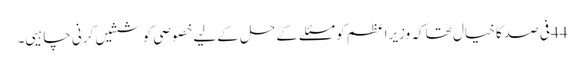
44فی صد کا خیال تھا کہ وزیراعظم کو مسئلے کےحل کےلیےخصوصی کوششیں کرنی چاہیی۔